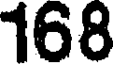
168